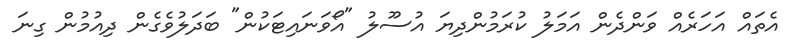
އެތައް އަހަރެއް ވަންދެން އަމަލު ކުރަމުންދިޔަ އުސޫލު "އޯވަނައިޓަކުން" ބަދަލުވެގެން ދިއުމުން ގިނަ